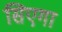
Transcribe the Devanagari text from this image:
सिएगा